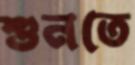
শুনতে